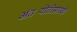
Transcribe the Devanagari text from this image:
अंतज्र्योतीसारखी